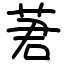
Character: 莙